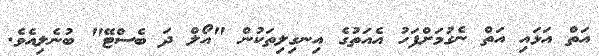
އަތް އަޅައި އަތް ނެގުމަށްފަހު އެއަތުގެ އިނގިލިތަކުން "އޯލް ދަ ބެސްޓޭ" ބުނެލިއެވެ.